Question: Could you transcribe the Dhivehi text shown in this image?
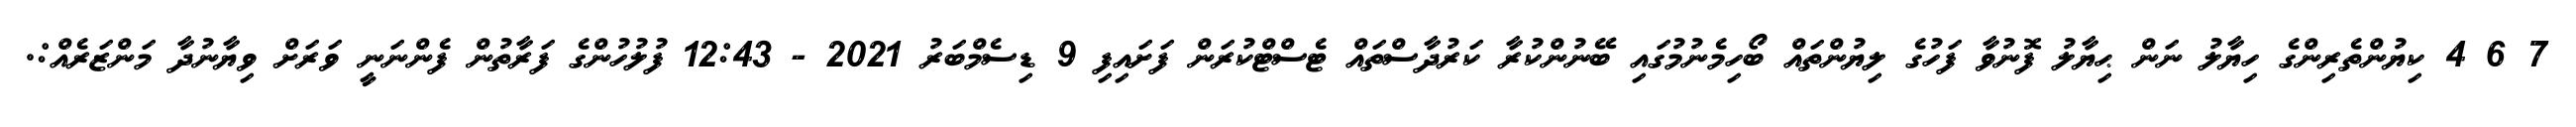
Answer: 7 6 4 ކިޔުންތެރިންގެ ހިޔާލު ނަން ޙިޔާލު ފޮނުވާ ފަހުގެ ލިޔުންތައް ބޯހިމެނުމުގައި ބޭނުންކުރާ ކަރުދާސްތައް ޓެސްޓްކުރަން ފަށައިފި 9 ޑިސެމްބަރު 2021 - 12:43 ފުލުހުންގެ ފަރާތުން ފެންނަނީ ވަރަށް ވިޔާނުދާ މަންޒަރެއް:.